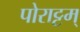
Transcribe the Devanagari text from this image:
पोराट्टम्